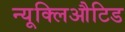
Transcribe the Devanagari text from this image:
न्यूक्लिऔटिड